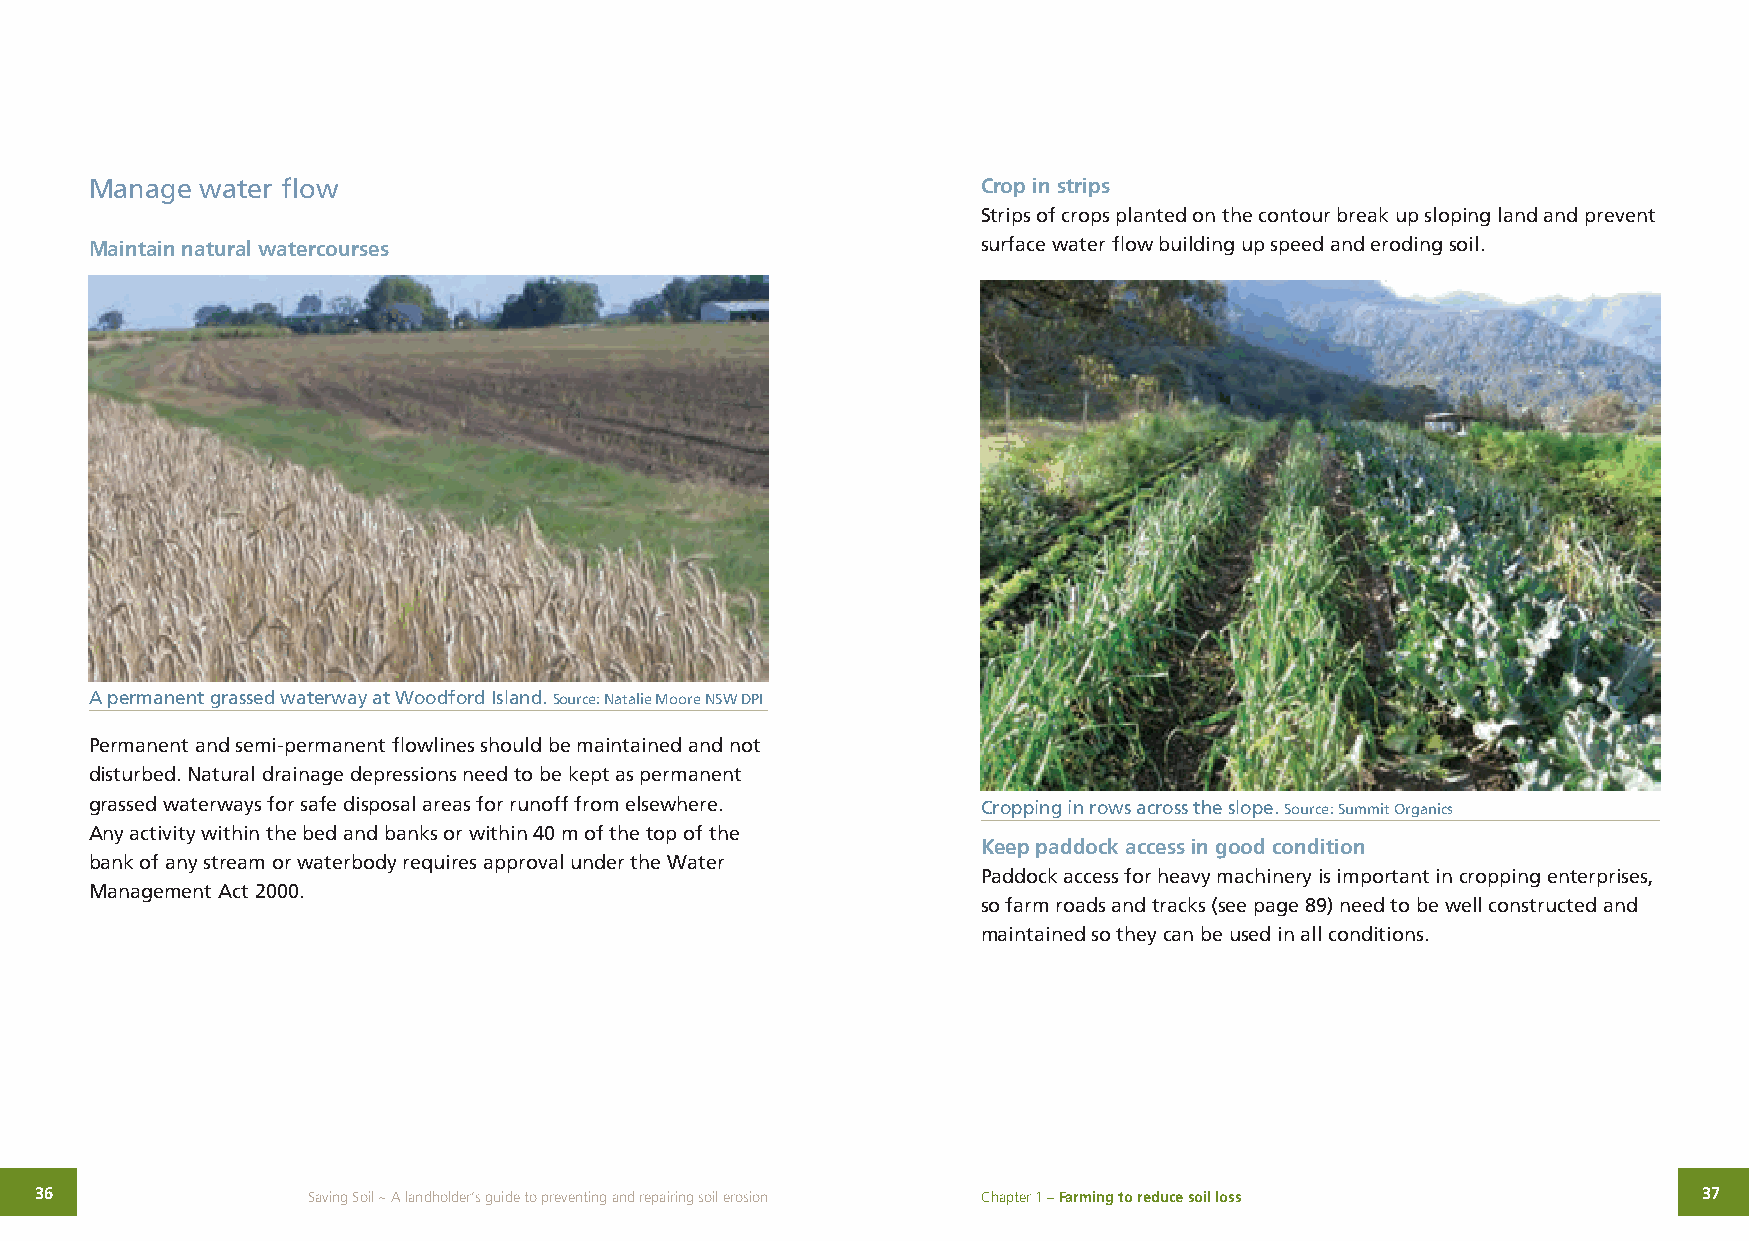
Manage water flow                                          Crop in strips
 Strips of crops planted on the contour break up sloping land and prevent
 Maintain natural watercourses                              surface water flow building up speed and eroding soil.
 A permanent grassed waterway at Woodford Island. Source: Natalie Moore NSW DPI
 Permanent and semi-permanent flowlines should be maintained and not
 disturbed. Natural drainage depressions need to be kept as permanent
 grassed waterways for safe disposal areas for runoff from elsewhere. Cropping in rows across the slope. Source: Summit Organics
 Any activity within the bed and banks or within 40 m of the top of the
 Keep paddock access in good condition
 bank of any stream or waterbody requires approval under the Water
 Paddock access for heavy machinery is important in cropping enterprises,
 Management Act 2000.
 so farm roads and tracks (see page 89) need to be well constructed and
 maintained so they can be used in all conditions.
 36                Saving Soil ~ A landholder’s guide to preventing and repairing soil erosion Chapter 1 – Farming to reduce soil loss 37